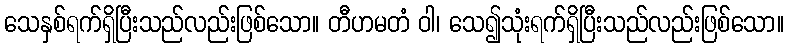
သေနှစ်ရက်ရှိပြီးသည်လည်းဖြစ်သော။ တီဟမတံ ဝါ၊ သေ၍သုံးရက်ရှိပြီးသည်လည်းဖြစ်သော။